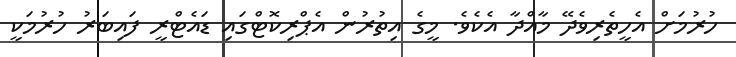
ހުރުމަށް އެހީތެރިވެދޭ މާއްދާ އެކެވެ. މީގެ އިތުރުން އެޕްރިކޮޓްގައި ޑައެޓްރީ ފައިބަރު ހުރުމަކީ